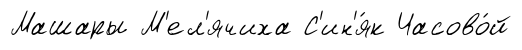
Машары М'ел'ячиха С'ин'я́к Часово́й